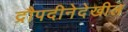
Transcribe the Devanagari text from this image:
द्रौपदीनेदेखील